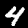
Digit: 4